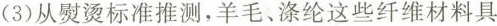
(3)从熨烫标准推测，羊毛、涤纶这些纤维材料具